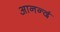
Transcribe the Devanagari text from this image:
आनन्दं